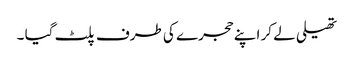
تھیلی لے کر اپنے حجرے کی طرف پلٹ گیا ۔